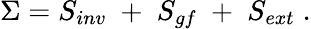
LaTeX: \Sigma=S_{inv}\; +\; S_{gf}\; +\; S_{ext}\; .